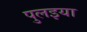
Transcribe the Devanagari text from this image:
पुलइया